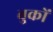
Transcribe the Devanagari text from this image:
बुकों